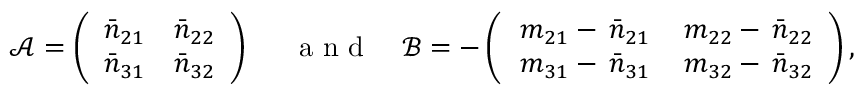
\mathcal { A } = \left( \begin{array} { c c } { \bar { n } _ { 2 1 } } & { \bar { n } _ { 2 2 } } \\ { \bar { n } _ { 3 1 } } & { \bar { n } _ { 3 2 } } \end{array} \right) ~ ~ ~ ~ \mathrm { ~ a ~ n ~ d ~ } ~ ~ ~ \mathcal { B } = - \left( \begin{array} { c c } { \, m _ { 2 1 } - \, \bar { n } _ { 2 1 } } & { \, m _ { 2 2 } - \, \bar { n } _ { 2 2 } } \\ { \, m _ { 3 1 } - \, \bar { n } _ { 3 1 } } & { \, m _ { 3 2 } - \, \bar { n } _ { 3 2 } } \end{array} \right) ,